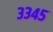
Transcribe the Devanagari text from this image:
३३४५